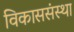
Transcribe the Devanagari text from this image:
विकाससंस्था